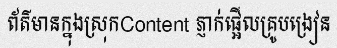
ព័ត៌មានក្នុងស្រុកContent ភ្ញាក់ផ្អើលគ្រូបង្រៀន